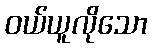
ဝယ်ယူလိုသော